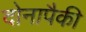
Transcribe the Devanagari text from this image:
दोनापैकी